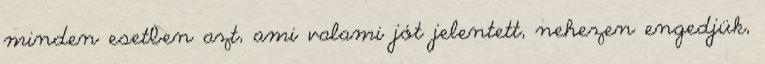
minden esetben azt, ami valami jót jelentett, nehezen engedjük,